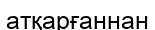
атқарғаннан